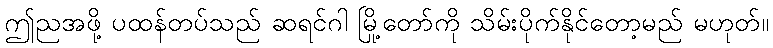
ဤညအဖို့ ပထန်တပ်သည် ဆရင်ဂါ မြို့တော်ကို သိမ်းပိုက်နိုင်တော့မည် မဟုတ်။